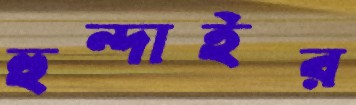
হুন্দাইর